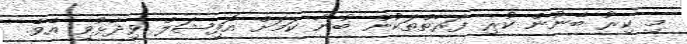
މި ކިރު ބޭނުން ކުރި ފަރާތްތަކުން ބުނާ ކަމަށް އޮފިޝަލް ވިދާޅުވި އެވެ.